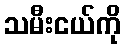
သမီးငယ်ကို